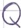
Text: Q